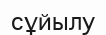
сұйылу